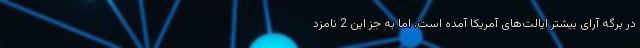
در برگه آرای بیشتر ایالت‌های آمریکا آمده است. اما به جز این 2 نامزد